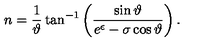
n = \frac { 1 } { \vartheta } \tan ^ { - 1 } \left( \frac { \sin \vartheta } { e ^ { \epsilon } - \sigma \cos \vartheta } \right) .